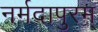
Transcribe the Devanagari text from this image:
नर्मदापुरम्